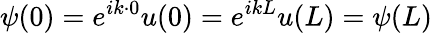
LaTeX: \psi(0)=e^{ik\cdot 0}u(0)=e^{ikL}u(L)=\psi(L)